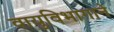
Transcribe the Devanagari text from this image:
वायुविभागाने